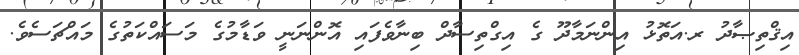
އިޤްތިޞާދު ރ.އަތޮޅު އިންނަމާދޫ ގެ އިގްތިސާދް ބިނާވެފައި އޮންނަނީ ވަޑާމުގެ މަސައްކަތުގެ މައްޗަސެވެ.